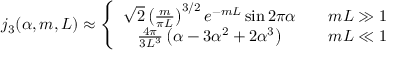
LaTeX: j _ { 3 } ( \alpha , m , L ) \approx \left\{ \begin{array} { c c } { { \sqrt { 2 } \left( \frac { m } { \pi L } \right) ^ { 3 / 2 } e ^ { - m L } \sin 2 \pi \alpha } } & { { \quad m L \gg 1 } } \\ { { \frac { 4 \pi } { 3 L ^ { 3 } } \left( \alpha - 3 \alpha ^ { 2 } + 2 \alpha ^ { 3 } \right) } } & { { \quad m L \ll 1 } } \end{array} \right.